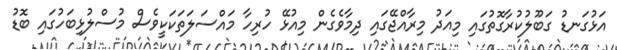
އަޅުގަނޑު ގަބޫލުކުރާގޮތުގައި މިއަދު މިރާއްޖޭގައި ދިމާވެގެން މިއުޅޭ ހުރިހާ މައްސަލަތަކަކީވެސް މުސްލުޅިބަހުގައި ބޮޑު